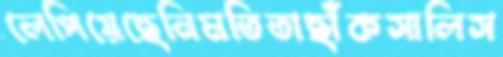
লেপিয়েছেনিমতিতাছাঁকসালিস